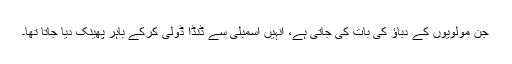
جن مولویوں کے دباؤ کی بات کی جاتی ہے، انہیں اسمبلی سے ڈنڈا ڈولی کرکے باہر پھینک دیا جاتا تھا۔